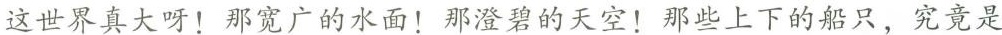
这世界真大呀！那宽广的水面！那澄碧的天空！那些上下的船只，究竟是